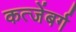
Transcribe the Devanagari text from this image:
कत्जेंबर्ग